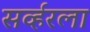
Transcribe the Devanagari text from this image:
सर्व्हरला